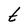
Character: t